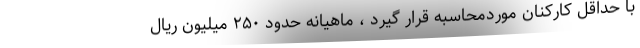
با حداقل کارکنان موردمحاسبه قرار گیرد ، ماهیانه حدود ۲۵۰ میلیون ریال